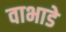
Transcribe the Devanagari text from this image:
वाभाडे